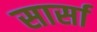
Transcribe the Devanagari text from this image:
सार्सा